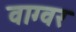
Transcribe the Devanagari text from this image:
वाग्वर